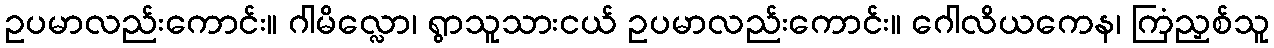
ဥပမာလည်းကောင်း။ ဂါမိလ္လော၊ ရွာသူသားငယ် ဥပမာလည်းကောင်း။ ဂေါလိယကေန၊ ကြံညှစ်သူ